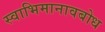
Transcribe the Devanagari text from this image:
स्वाभिमानावबोध